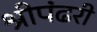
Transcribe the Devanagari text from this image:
श्रीपंढरी